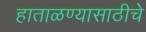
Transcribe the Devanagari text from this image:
हाताळण्यासाठीचे